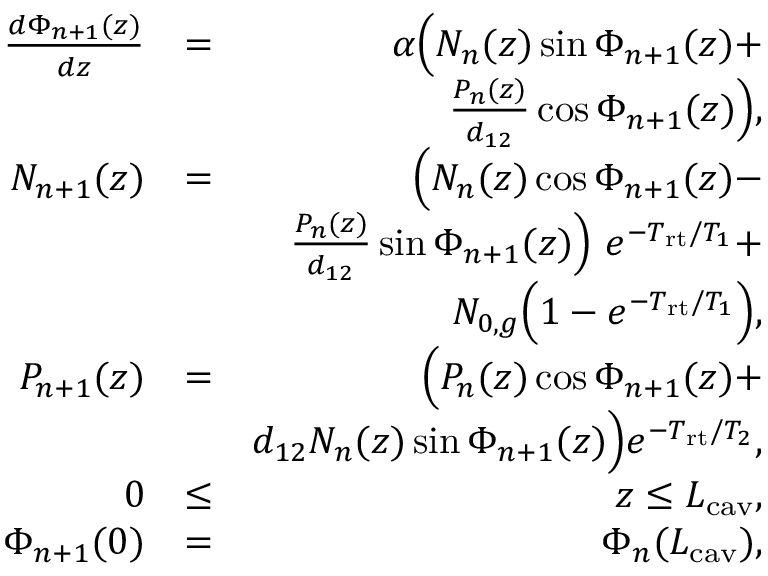
\begin{array} { r l r } { \frac { d \Phi _ { n + 1 } ( z ) } { d z } } & { = } & { \alpha \Big ( N _ { n } ( z ) \sin \Phi _ { n + 1 } ( z ) + } \\ & { } & { \frac { P _ { n } ( z ) } { d _ { 1 2 } } \cos \Phi _ { n + 1 } ( z ) \Big ) , } \\ { N _ { n + 1 } ( z ) } & { = } & { \Big ( N _ { n } ( z ) \cos \Phi _ { n + 1 } ( z ) - } \\ & { } & { \frac { P _ { n } ( z ) } { d _ { 1 2 } } \sin \Phi _ { n + 1 } ( z ) \Big ) \ e ^ { - T _ { \mathrm { r t } } / T _ { 1 } } + } \\ & { } & { N _ { 0 , g } \Big ( 1 - e ^ { - T _ { \mathrm { r t } } / T _ { 1 } } \Big ) , } \\ { P _ { n + 1 } ( z ) } & { = } & { \Big ( P _ { n } ( z ) \cos \Phi _ { n + 1 } ( z ) + } \\ & { } & { d _ { 1 2 } N _ { n } ( z ) \sin \Phi _ { n + 1 } ( z ) \Big ) e ^ { - T _ { \mathrm { r t } } / T _ { 2 } } , } \\ { 0 } & { \le } & { z \le L _ { \mathrm { c a v } } , } \\ { \Phi _ { n + 1 } ( 0 ) } & { = } & { \Phi _ { n } ( L _ { \mathrm { c a v } } ) , } \end{array}